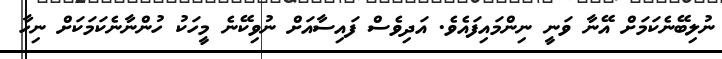
ނުލިބޭނެކަމަށް އޭނާ ވަނީ ނިންމައިފައެވެ. އަދިވެސް ފައިސާއަށް ނުވިކޭނެ މީހަކު ހުންނާނެކަމަކަށް ނިހާ